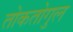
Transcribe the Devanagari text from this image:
तोकतोगुल